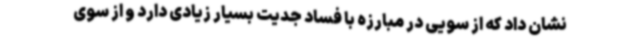
نشان داد که از سویی در مبارزه با فساد جدیت بسیار زیادی دارد و از سوی